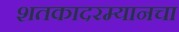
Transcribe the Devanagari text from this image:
शतकादरम्यानचा